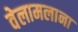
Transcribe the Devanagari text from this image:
वेलामलाना